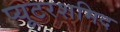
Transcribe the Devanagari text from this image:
प्यूटरशमिद